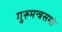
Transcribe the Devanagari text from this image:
गुरुमन्त्रसमो